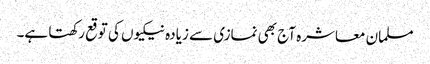
مسلمان معاشرہ آج بھی نمازی سے زیادہ نیکیوں کی توقع رکھتا ہے۔